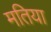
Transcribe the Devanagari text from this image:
मतिया